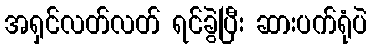
အရှင်လတ်လတ် ရင်ခွဲပြီး ဆားပက်ရုံပဲ